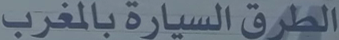
الطرق السيارة بالمغرب